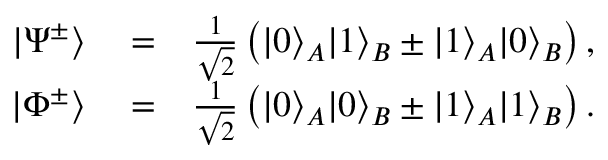
\begin{array} { r l r } { | \Psi ^ { \pm } \rangle } & { { } = } & { \frac { 1 } { \sqrt { 2 } } \left( | 0 \rangle _ { A } | 1 \rangle _ { B } \pm | 1 \rangle _ { A } | 0 \rangle _ { B } \right) , } \\ { | \Phi ^ { \pm } \rangle } & { { } = } & { \frac { 1 } { \sqrt { 2 } } \left( | 0 \rangle _ { A } | 0 \rangle _ { B } \pm | 1 \rangle _ { A } | 1 \rangle _ { B } \right) . } \end{array}